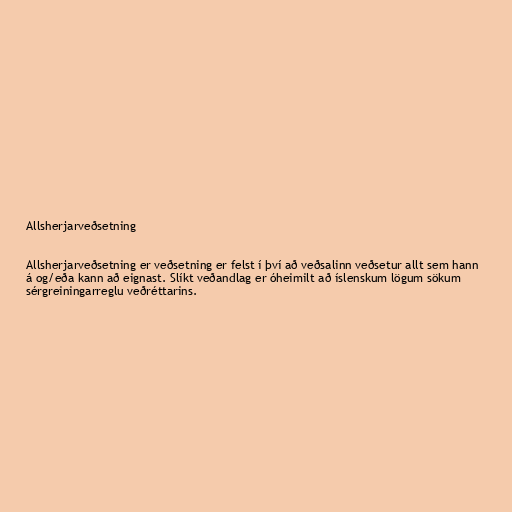
Allsherjarveðsetning

Allsherjarveðsetning er veðsetning er felst í því að veðsalinn veðsetur allt sem hann
á og/eða kann að eignast. Slíkt veðandlag er óheimilt að íslenskum lögum sökum
sérgreiningarreglu veðréttarins.